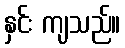
နှင်း ကျသည်။